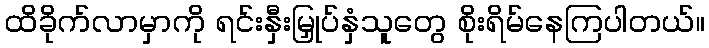
ထိခိုက်လာမှာကို ရင်းနှီးမြှုပ်နှံသူတွေ စိုးရိမ်နေကြပါတယ်။